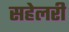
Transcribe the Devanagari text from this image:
सहेलरी